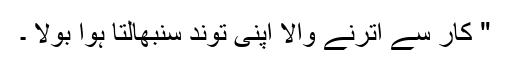
" کار سے اترنے والا اپنی توند سنبھالتا ہوا بولا ۔